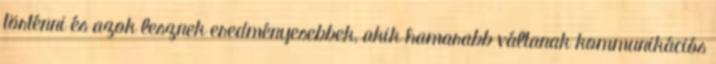
történni és azok lesznek eredményesebbek, akik hamarabb váltanak kommunikációs